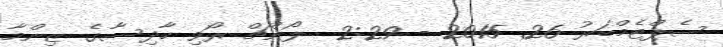
ސެޕްޓެމްބަރު 26